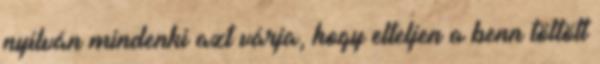
nyilván mindenki azt várja, hogy elteljen a benn töltött